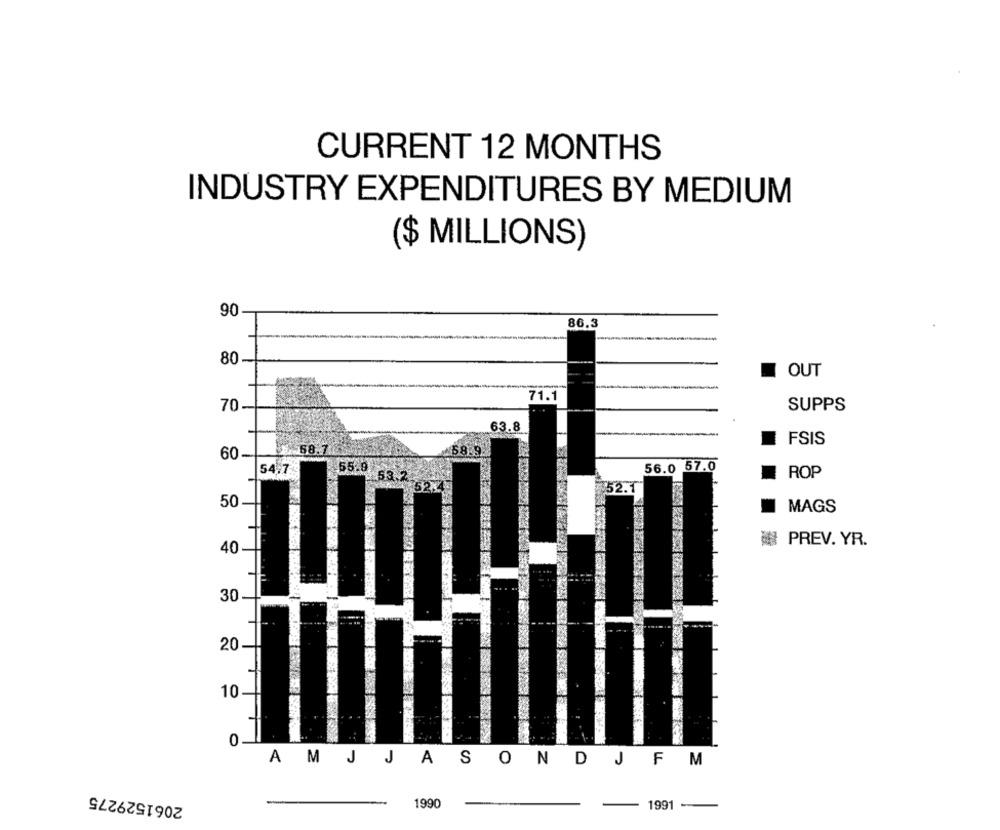
CURRENT 12 MONTHS
INDUSTRY EXPENDITURES BY MEDIUM
($ MILLIONS)
90
86.3
----
80
OUT
71.1
70
SUPPS
63.8
FSIS
60-
58.7
56.0 57.0
ROP
52.3
50
MAGS
粥 PREV. YR.
40
30
20-
10
0.
AM J JASONDJFM
2061529275
1990
1991